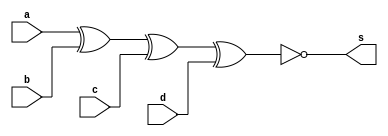
// ---------------------
// Guia 01_03 - XNOR
// Nome: Anderson Belchior de Carvalho
// ---------------------

// ---------------------
// -- xnor gate
// ---------------------

module xnorgate (s, a, b, c, d);
 output s;
 input  a, b, c, d;

 assign s = ~(a ^ b ^ c ^ d);

endmodule // xnorgate


// --------------------------
// -- test xnorgate
// --------------------------

module testxnorgate;
 reg   a, b, c, d;             
 wire  s;
          // instancia
 xnorgate XNOR1 (s, a, b, c, d);

          // parte principal
 initial begin:main
      $display("Guia 01_03 - Anderson Belchior de Carvalho - 396673");
      $display("Test XNOR gate");
      $display("\n~(a ^ b ^ c ^ d) = s\n");
      a=0; b=0; c=0; d=0;
  #1  $display("~(%b ^ %b ^ %b ^ %b) = %b", a, b, c, d, s);
      a=0; b=0; c=0; d=1;
  #1  $display("~(%b ^ %b ^ %b ^ %b) = %b", a, b, c, d, s);
      a=0; b=0; c=1; d=0;
  #1  $display("~(%b ^ %b ^ %b ^ %b) = %b", a, b, c, d, s);
      a=0; b=0; c=1; d=1;
  #1  $display("~(%b ^ %b ^ %b ^ %b) = %b", a, b, c, d, s);
      a=0; b=1; c=0; d=0;
  #1  $display("~(%b ^ %b ^ %b ^ %b) = %b", a, b, c, d, s);
      a=0; b=1; c=0; d=1;
  #1  $display("~(%b ^ %b ^ %b ^ %b) = %b", a, b, c, d, s);
      a=0; b=1; c=1; d=0;
  #1  $display("~(%b ^ %b ^ %b ^ %b) = %b", a, b, c, d, s);
      a=0; b=1; c=1; d=1;
  #1  $display("~(%b ^ %b ^ %b ^ %b) = %b", a, b, c, d, s);
      a=1; b=0; c=0; d=0;
  #1  $display("~(%b ^ %b ^ %b ^ %b) = %b", a, b, c, d, s);
      a=1; b=0; c=0; d=1;
  #1  $display("~(%b ^ %b ^ %b ^ %b) = %b", a, b, c, d, s);
      a=1; b=0; c=1; d=0;
  #1  $display("~(%b ^ %b ^ %b ^ %b) = %b", a, b, c, d, s);
      a=1; b=0; c=1; d=1;
  #1  $display("~(%b ^ %b ^ %b ^ %b) = %b", a, b, c, d, s);
      a=1; b=1; c=0; d=0;
  #1  $display("~(%b ^ %b ^ %b ^ %b) = %b", a, b, c, d, s);
      a=1; b=1; c=0; d=1;
  #1  $display("~(%b ^ %b ^ %b ^ %b) = %b", a, b, c, d, s);
      a=1; b=1; c=1; d=0;
  #1  $display("~(%b ^ %b ^ %b ^ %b) = %b", a, b, c, d, s);
      a=1; b=1; c=1; d=1;
  #1  $display("~(%b ^ %b ^ %b ^ %b) = %b", a, b, c, d, s);  
  
 end

endmodule // testxnorgate